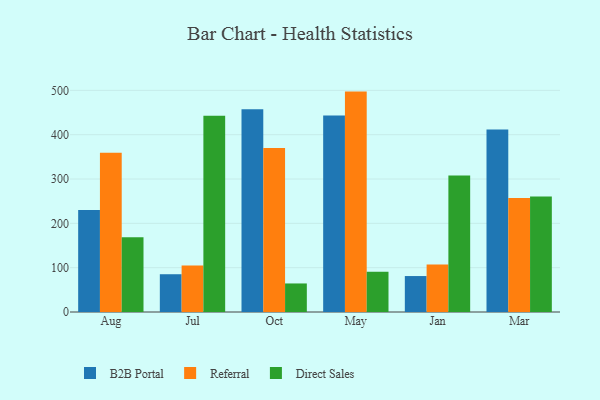
{"axis": {"x": "Month", "y": "Market Share (%)"}, "legend": ["B2B Portal", "Direct Sales", "Referral"], "data": [{"x": "Aug", "y": 230.1, "type": "B2B Portal"}, {"x": "Aug", "y": 359.0, "type": "Referral"}, {"x": "Aug", "y": 168.8, "type": "Direct Sales"}, {"x": "Jul", "y": 85.2, "type": "B2B Portal"}, {"x": "Jul", "y": 104.9, "type": "Referral"}, {"x": "Jul", "y": 443.0, "type": "Direct Sales"}, {"x": "Oct", "y": 457.2, "type": "B2B Portal"}, {"x": "Oct", "y": 370.1, "type": "Referral"}, {"x": "Oct", "y": 64.4, "type": "Direct Sales"}, {"x": "May", "y": 443.1, "type": "B2B Portal"}, {"x": "May", "y": 497.2, "type": "Referral"}, {"x": "May", "y": 90.8, "type": "Direct Sales"}, {"x": "Jan", "y": 81.1, "type": "B2B Portal"}, {"x": "Jan", "y": 107.4, "type": "Referral"}, {"x": "Jan", "y": 308.0, "type": "Direct Sales"}, {"x": "Mar", "y": 411.6, "type": "B2B Portal"}, {"x": "Mar", "y": 257.2, "type": "Referral"}, {"x": "Mar", "y": 260.6, "type": "Direct Sales"}]}